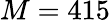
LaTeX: M=415